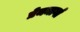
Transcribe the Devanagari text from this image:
प्रेममार्गा